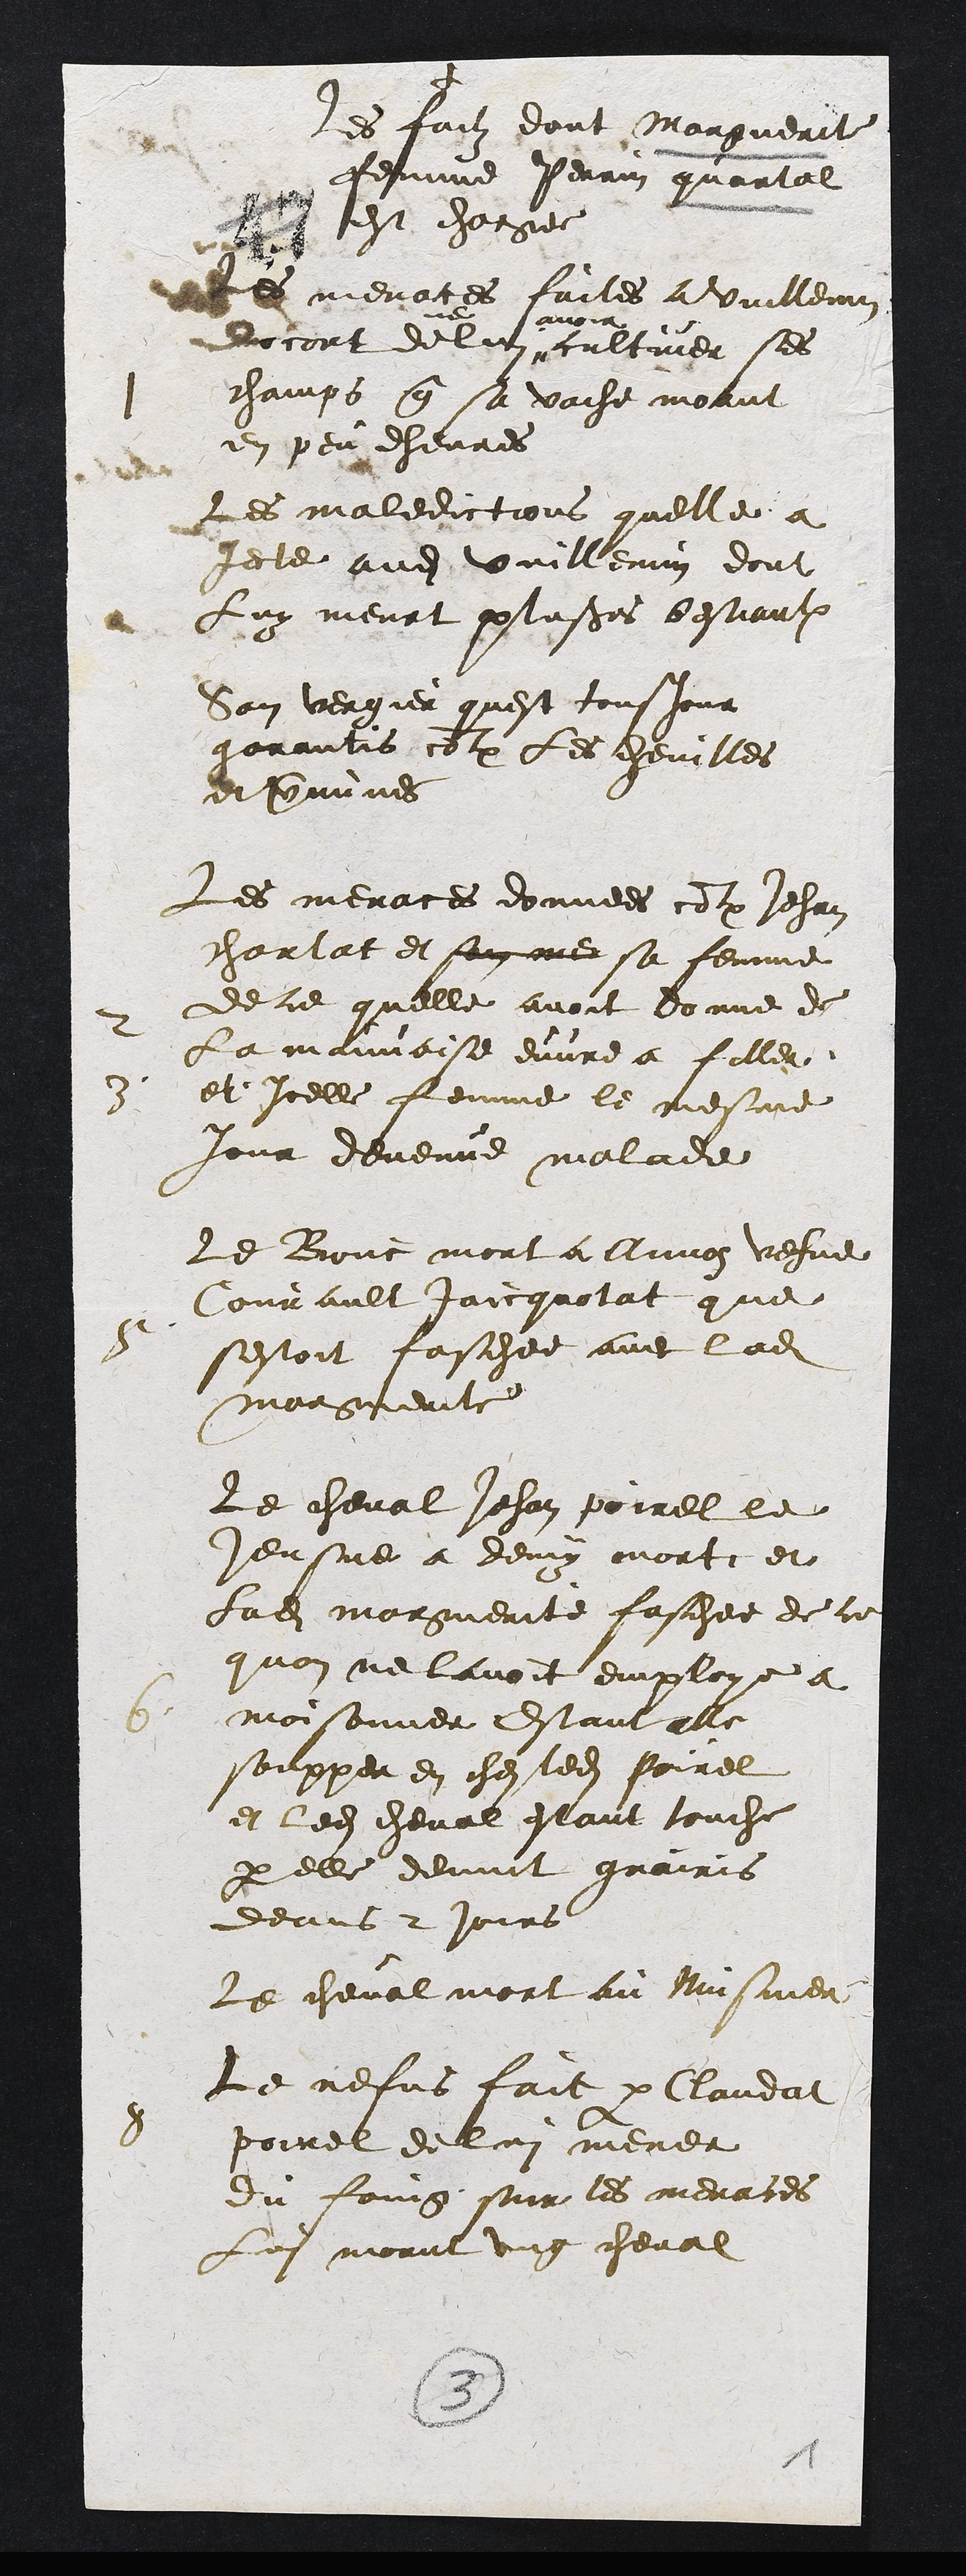
+
les fait dont Marguerit
femme Perrin guartal
est chargee
1
Les menaces faites a Vuillaume
+
avoir
cort de lui cultier ses
champs que sa vache mant
en peu chevres
Les maledictions quelle a
Jecte audit quillemin dont
Luy ment plusieurs bestiaulx
Son vergier quest tousjour
garantis contre les cheuilles
et paines
2
Les menaces donnees contre Jehan
parlat et sen ner sa femme
de ce quelle avoit donne de
3
la mauvaise envre a fille
et icelle femme le mesme
jour devenue malade
5
Le Bore mort a Annon vefve
Courault Jaicquolat que
sestoit faschee avec ladite
Marguerite
6
Le cheval Jehan porrel le
Jeusne a deux morte et
ladite marguerite faschee de le
quon ne lavoit employe a
moisonner Estant elle
sopper en ches ledit foirel
et ledit cheval estant touche
par elle devint guairis
deans 2 jours
8
Le cheval mort au visinner
Le refus faict par Clandat
pourel de lui mener
du foung soir les menaces
Lui morut ung cheval